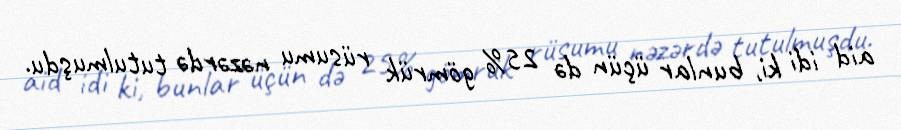
aid idi ki, bunlar üçün də 25% gömrük rüsumu nəzərdə tutulmuşdu.